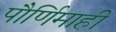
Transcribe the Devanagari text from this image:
पौर्णिमाही